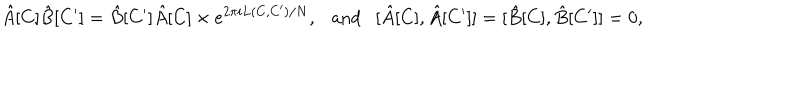
\hat { A } [ C ] \hat { B } [ C ^ { \prime } ] = \hat { B } [ C ^ { \prime } ] \hat { A } [ C ] \times e ^ { 2 \pi i L ( C , C ^ { \prime } ) / N } , \mathrm { a n d } [ \hat { A } [ C ] , \hat { A } [ C ^ { \prime } ] ] = [ \hat { B } [ C ] , \hat { B } [ C ^ { \prime } ] ] = 0 ,